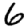
Digit: 6